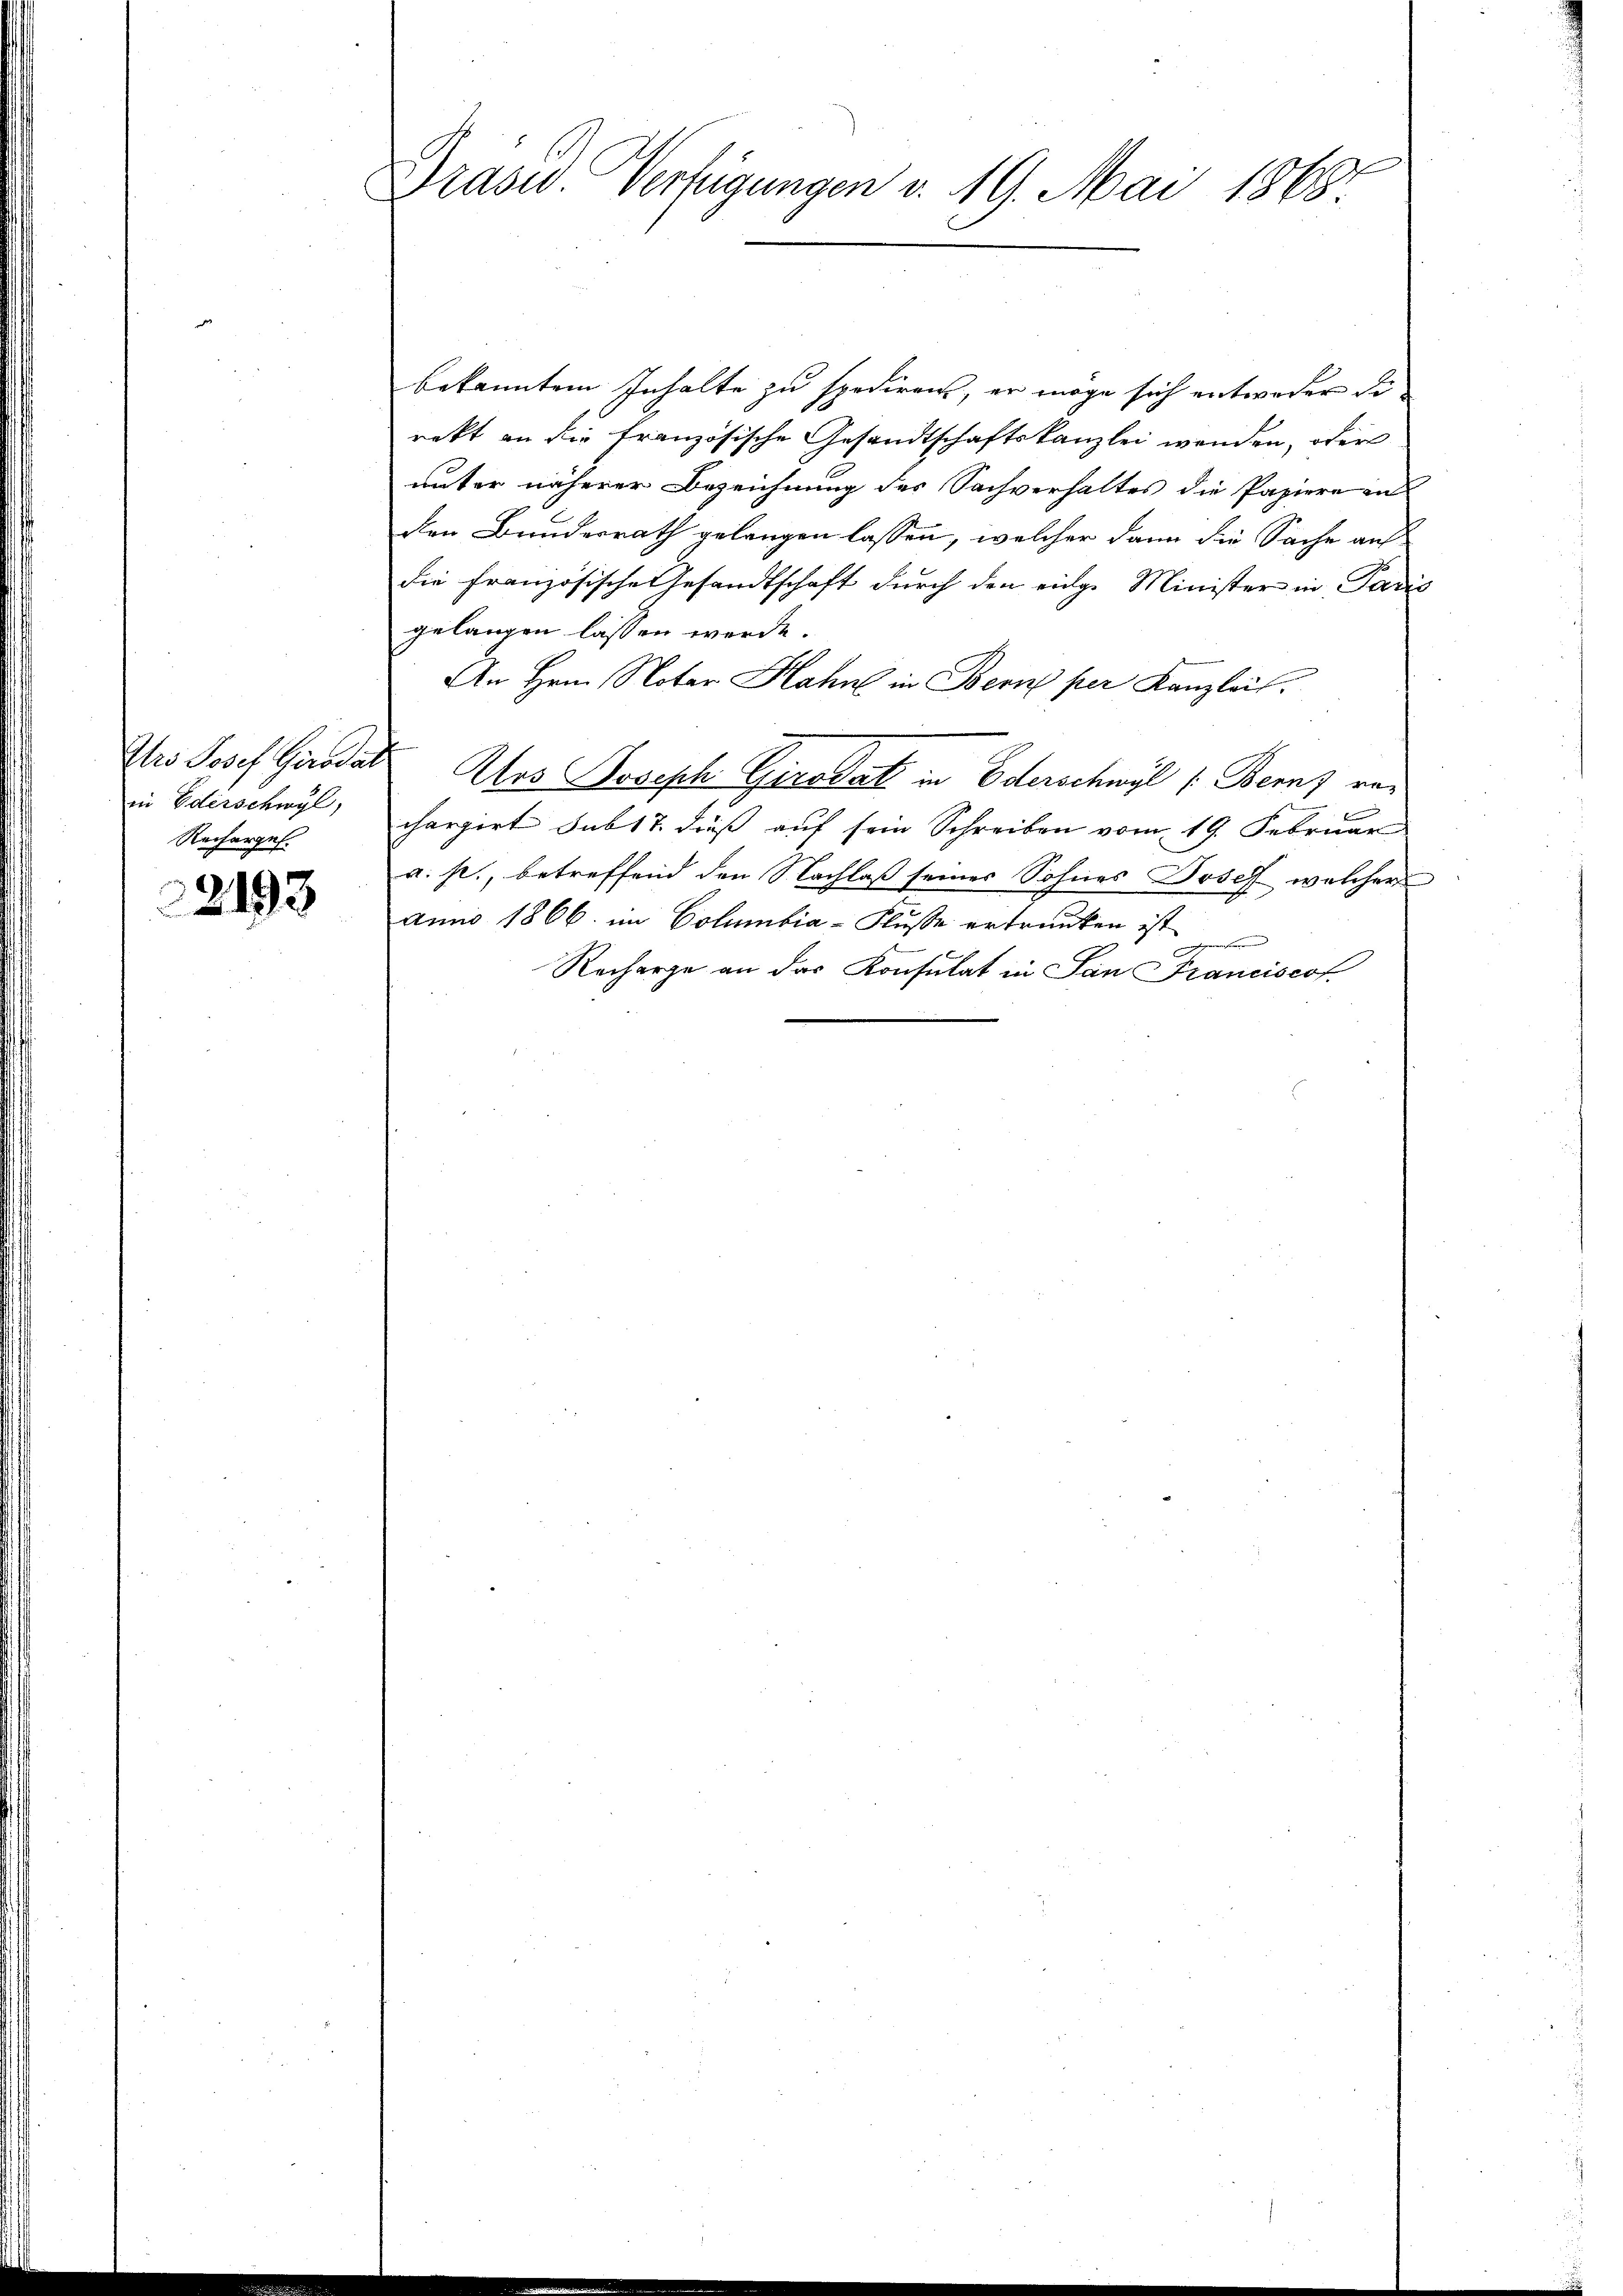
Irs Josef Girodar
in Ederschwyl,
Recharges.

22193

Drasid. Verfügungen v. 19. Mai 1868

bekanntem Inhalte zu spediren, er möge sich entweder di
rekt an die französische Gesandtschaftskanzlei wenden, oder
unter näherer Bezeichnung des Sachverhaltes die Papiere an
den Bruderrath gelangen lassen, welcher dann die Sache auf
die französische Gesandtschaft durch den einge Minister in Paris
gelangen lassen werde.
An Hrn. Notar Hahn in Bern per Kanzleis
Ars Joseph Girodat in Oderschwyl (Bernz ver
chargert sub 17. dieß auf sein Schreiben vom 19. Februar
a. p., betreffend den Nachlaß seines Sohnes Josef welcher
anno 1866. im Columbia-Fluße ertranken ist
gewesen und |
Recharge an das Konsulat in San Franciscof